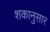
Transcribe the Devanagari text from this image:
शकानुसार